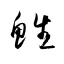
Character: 鮏